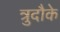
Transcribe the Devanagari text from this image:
त्रुदौके